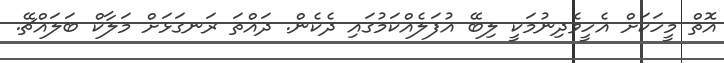
އޮތް މީހަކަށް އެހީވެދިނުމަކީ ލިބޭ އުފަލެއްކަމުގައި ދެކެން. ދައްތަ ރަނގަޅަށް މަލާކް ބަލައްޗޭ.